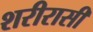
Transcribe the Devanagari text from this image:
शरीरासी